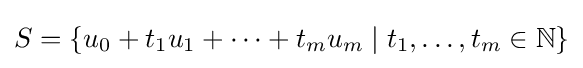
S=\{u_{0}+t_{1}u_{1}+\dots +t_{m}u_{m}\mid t_{1},\ldots ,t_{m}\in \mathbb {N} \}